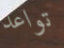
تواعد